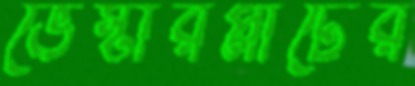
ভেস্টারপ্লাটের